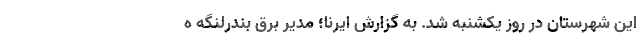
این شهرستان در روز یکشنبه شد. به گزارش ایرنا؛ مدیر برق بندرلنگه ه